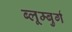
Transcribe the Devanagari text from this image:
ब्लूम्बुर्ग